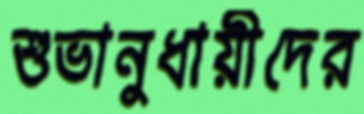
শুভানুধায়ীদের